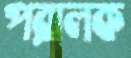
পরালক